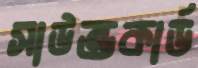
সাউন্ডকার্ড